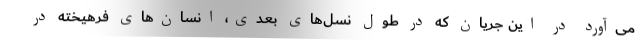
می‌آورد در این جریان که در طول نسل‌های بعدی، انسان‌های فرهیخته در